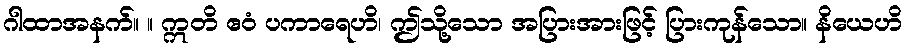
ဂါထာအနက်။ ။ ဣတိ ဧဝံ ပကာရေဟိ၊ ဤသို့သော အပြားအားဖြင့် ပြားကုန်သော။ နိယေဟိ